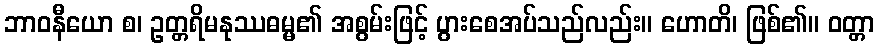
ဘာဝနီယော စ၊ ဥတ္တရိမနုဿဓမ္မ၏ အစွမ်းဖြင့် ပွားစေအပ်သည်လည်း။ ဟောတိ၊ ဖြစ်၏။ ဝတ္တာ